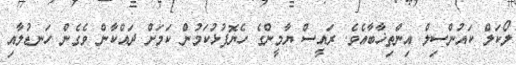
ލޯކަލް ކައުންސިލް އިންތިޚާބާއެވެ. ރައީސް ޔާމީންގެ ހެޔޮފުޅުކަމުން ކަމަށް ދައްކާން ވެގެން ހަނޑުލާއި